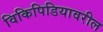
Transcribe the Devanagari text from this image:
विकिपिडियावरील